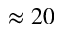
\approx 2 0